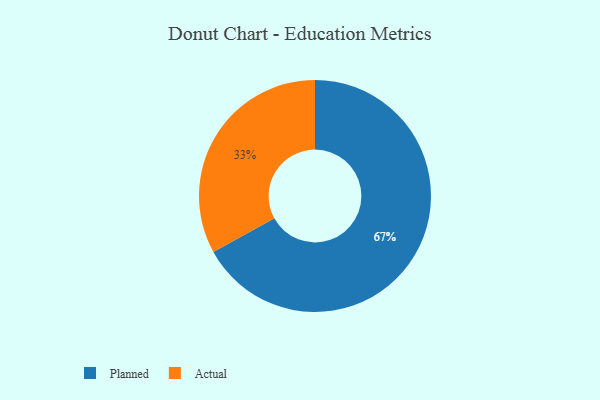
{"axis": {"x": "Category", "y": "Percentage"}, "legend": ["Actual", "Planned"], "data": [{"x": "Actual", "y": 33, "type": "Actual"}, {"x": "Planned", "y": 67, "type": "Planned"}]}